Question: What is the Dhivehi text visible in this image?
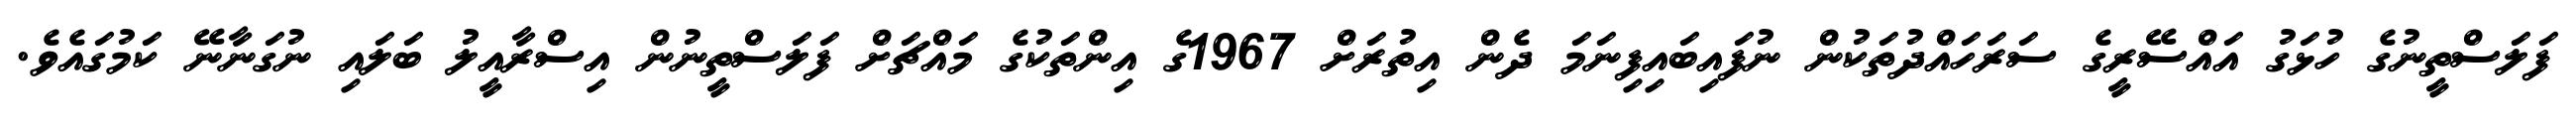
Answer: ފަލަސްތީނުގެ ހުޅަގު އައްސޭރީގެ ސަރަހައްދުތަކުން ނުފައިބައިފިނަމަ ދެން އިތުރަށް 1967ގެ އިންތަކުގެ މައްޗަށް ފަލަސްތީނުން އިސްރާއީލު ބަލައި ނުގަނާނޭ ކަމުގައެވެ.